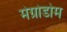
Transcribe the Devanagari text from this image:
मेग्रोडोम